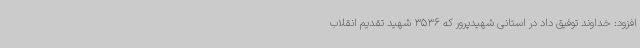
افزود: خداوند توفیق داد در استانی شهیدپرور که 3536 شهید تقدیم انقلاب